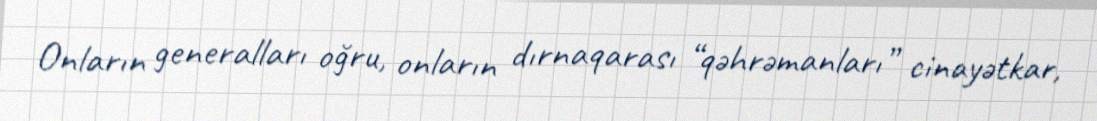
Onların generalları oğru, onların dırnaqarası “qəhrəmanları” cinayətkar,